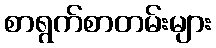
စာရွက်စာတမ်းများ